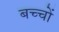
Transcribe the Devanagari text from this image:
बच्चोंं